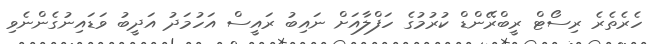
ހެރެތެރެ ރިސޯޓް ރީބްރޭންޑް ކުރުމުގެ ހަފްލާއަށް ނައިބު ރައީސް އަހުމަދު އަދީބު ވަޑައިނުގެންނެވި